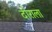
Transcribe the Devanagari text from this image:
दोराला